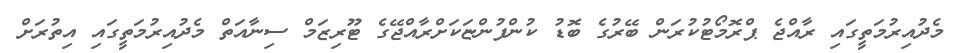
މެދުއިރުމަތީގައި ރާއްޖެ ޕްރޮމޯޓުކުރަން ބޭރުގެ ބޮޑު ކުންފުންޏަކަށްރާއްޖޭގެ ޓޫރިޒަމް ސިނާއަތް މެދުއިރުމަތީގައި އިތުރަށް